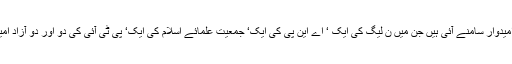
خواتین کی دو مخصوص نشستوں پر سات امیدوار سامنے آئی ہیں جن میں ن لیگ کی ایک ‘ اے این پی کی ایک‘ جمعیت علمائے اسلام کی ایک‘ پی ٹی آئی کی دو اور دو آزاد امیدواروں کے کاغذات نامزدگی جمع کرائے۔